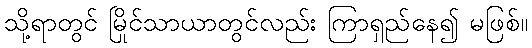
သို့ရာတွင် မြိုင်သာယာတွင်လည်း ကြာရှည်နေ၍ မဖြစ်။